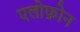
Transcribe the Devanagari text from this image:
एलोफ़ोन